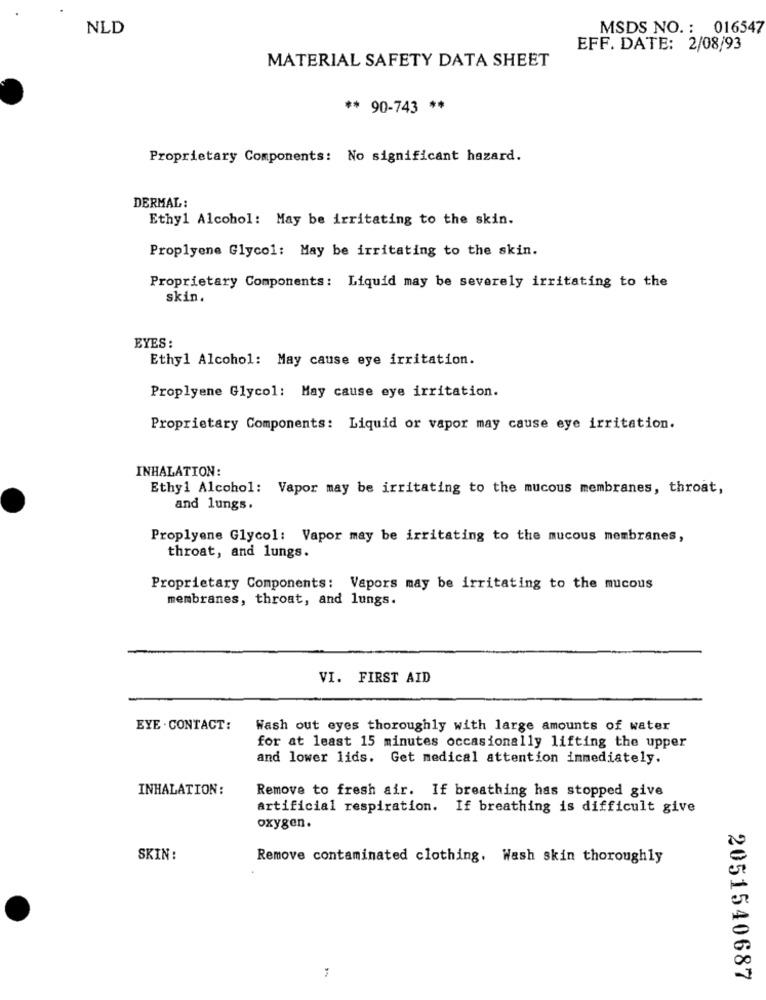
NLD
MSDS NO. : 016547
EFF. DATE: 2/08/93
MATERIAL SAFETY DATA SHEET
** 90-743 **
Proprietary Components: No significant hazard.
DERMAL:
Ethyl Alcohol: May be irritating to the skin.
Proplyene Glycol: May be irritating to the skin.
Proprietary Components: Liquid may be severely irritating to the
skin.
EYES:
Ethyl Alcohol: May cause eye irritation.
Proplyene Glycol: May cause eye irritation.
Proprietary Components: Liquid or vapor may cause eye irritation.
INHALATION:
Ethyl Alcohol: Vapor may be irritating to the mucous membranes, throat,
and lungs.
Proplyene Glycol: Vapor may be irritating to the mucous membranes,
throat, and lungs.
Proprietary Components: Vapors may be irritating to the mucous
membranes, throat, and lungs.
VI. FIRST AID
EYE . CONTACT:
Wash out eyes thoroughly with large amounts of water
for at least 15 minutes occasionally lifting the upper
and lower lids. Get medical attention immediately.
INHALATION:
Remove to fresh air. If breathing has stopped give
artificial respiration. If breathing is difficult give
oxygen.
SKIN :
Remove contaminated clothing. Wash skin thoroughly
2051540687